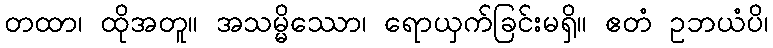
တထာ၊ ထိုအတူ။ အသမ္မိဿော၊ ရောယှက်ခြင်းမရှိ။ ဧတံ ဥဘယံပိ၊